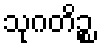
သုဂတိဉ္စ